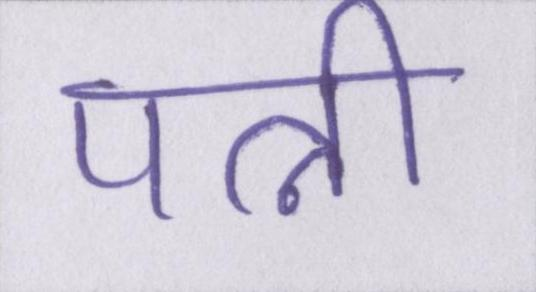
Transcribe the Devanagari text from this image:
पत्नी